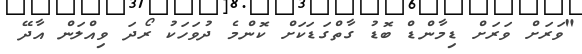
"ވަރަށް ވަރަށް ޑިމާންޑް ބޮޑު ގާތްގަޑަކަށް ކޮންމެ ދުވަހަކު ރޯދަ ވިއްލަން އާދޭ